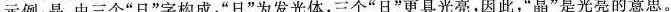
示例：晶，由三个”日”字构成，”日”为发光体，三个”日”更具光亮，因此，”晶”是光亮的意思。